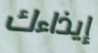
إيذاءك